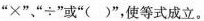
”×”、”÷”或”( )”，使等式成立。